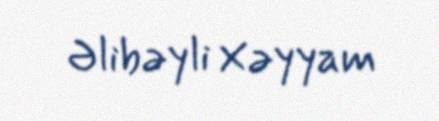
Əlibəyli Xəyyam